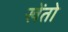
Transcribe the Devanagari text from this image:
खेंतो